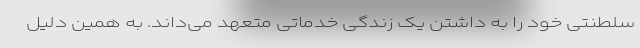
سلطنتی خود را به داشتن یک زندگی خدماتی متعهد می‌داند. به همین دلیل